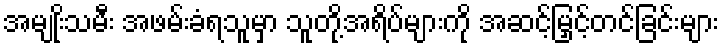
အမျုးိသမီး အဖမ်းခံရသူမှာ သူတို့အရိပ်များကို အဆင့်မြှင့်တင်ခြင်းများ